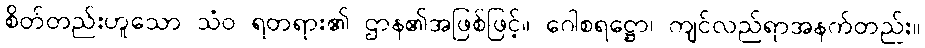
စိတ်တည်းဟူသော သံဝ ရတရား၏ ဌာန၏အဖြစ်ဖြင့်။ ဂေါစရဋ္ဌော၊ ကျင်လည်ရာအနက်တည်း။